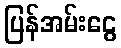
ပြန်အမ်းငွေ